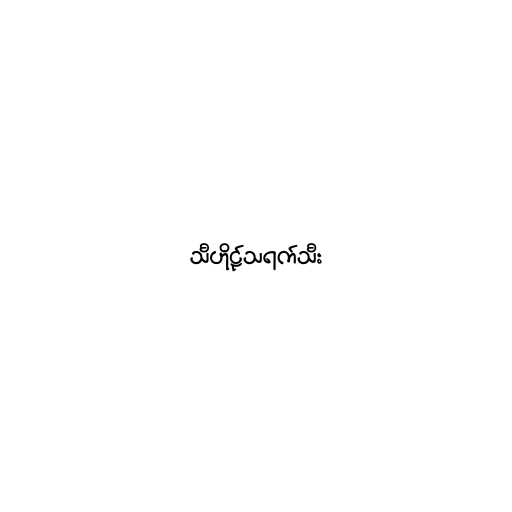
သီဟိုဠ်သရက်သီး